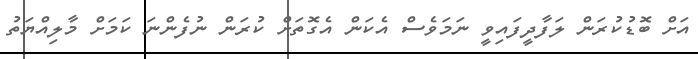
އަށް ބޮޑުކުރަން ލަފާދީފައިވީ ނަމަވެސް އެކަން އެގޮތަށް ކުރަން ނުފެންނަ ކަމަށް މާލިއްޔަތު